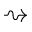
\rightsquigarrow